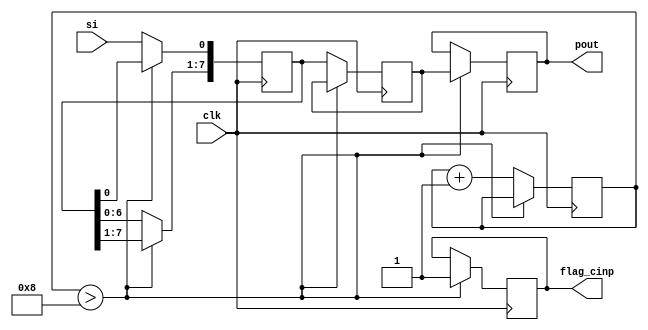
module sipomod_cover(clk, si, pout, flag_cinp);
input clk, si;
reg  [7:0] po;
reg [7:0] counter= 4'b0000; 
output reg flag_cinp=1'b0;
output reg [7:0] pout;
reg [7:0] tmp;

always @(posedge clk)
begin
//if (clear)
//tmp <= 128'd0;
//else
if (counter>4'd8)
begin
flag_cinp<=1'b1;
pout=po;   //Don't send the pout with every input that comes instead wait for it to collect so you get the right output once. Otherwise, the aes block will have unneeded switching, causing it to lose a lot of power.
end
else
begin
tmp <= tmp << 1;
tmp[0] <= si;
po = tmp;
//pout= po;
counter<=counter+1;
end
end
endmodule






module stegano_core(payload,s_cover, clk, out, SD, en);

input [127:0] payload;   //secret data
input s_cover;
wire [7:0] cover;        //cover data
input clk;                 //clk
input en;                  //enable
output reg [7:0] out;        //output
output reg SD;               //stegano done flag

reg imm;                //intermediate flag
reg [6:0] count=7'b0000000;        //counter
reg [127:0] pay1;       //payload dummy
wire flag_cinp;


sipomod_cover u1(.clk(clk), .si(s_cover), .pout(cover), .flag_cinp(flag_cinp));







//implementing 64 cycle count
always@(posedge clk)
begin
if(en==1)
count=count+1;
else 
count=count;
end

//updating flags on 64 cycles
always@(posedge clk) 
begin
case (count[6]&&count[1])
1: begin
imm=1'b1;
SD=1'b1;
end
0:begin
imm=1'b0;
SD=1'b0;
end
endcase
end


//reseting counter after 64 cycles
always@(posedge clk)
begin
if(count>66)
count=7'b0000000;
else
count=count;
end

//actuall steganography
always@(posedge clk)
begin
if (en==1)
begin
if(imm!=1) 
begin
out[7:0]={cover[7:2],pay1[127:126]};
end
else 
begin
out[7:0]=cover[7:0];
end
end
else
out[7:0]=out[7:0];
end


//bharwat
always@(posedge clk)
begin
if(imm!=1) 
begin
pay1=pay1<<2;
end
else 
begin
pay1=pay1;
end
end

//just messing around
always@(posedge clk)
begin
case (en)
1:begin
if (count<=1)
pay1[127:0]<=payload[127:0];
else
pay1[127:0]<=pay1[127:0];

end
0:begin
pay1[127:0]<=pay1[127:0];
end
endcase

end
endmodule